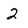
Character: 2